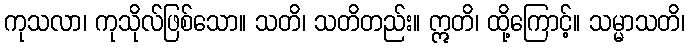
ကုသလာ၊ ကုသိုလ်ဖြစ်သော။ သတိ၊ သတိတည်း။ ဣတိ၊ ထို့ကြောင့်။ သမ္မာသတိ၊